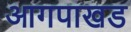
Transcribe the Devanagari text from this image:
आगपाखड